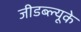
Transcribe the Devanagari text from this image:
जीडब्ल्यूके